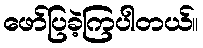
ဖော်ပြခဲ့ကြပါတယ်။